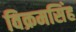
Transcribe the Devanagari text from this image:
विक्रमसिंह